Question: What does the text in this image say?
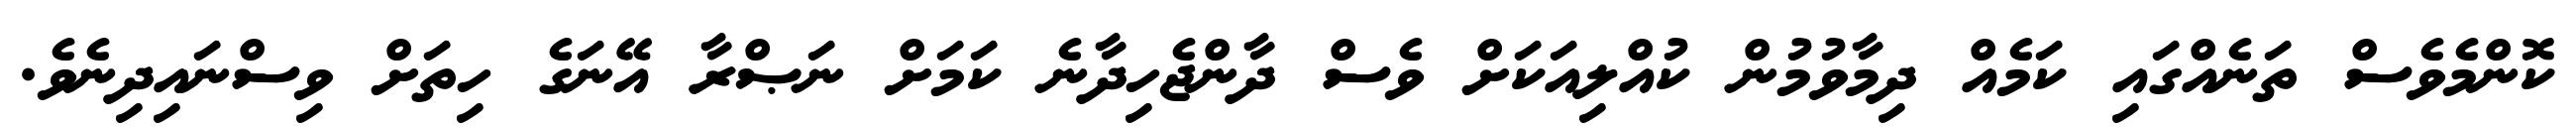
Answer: ކޮންމެވެސް ތަނެއްގައި ކަމެއް ދިމާވުމުން ކުއްލިއަކަށް ވެސް ދާންޖެހިދާނެ ކަމަށް ނަޞްރާ އޭނަގެ ހިތަށް ވިސްނައިދިނެވެ.